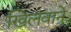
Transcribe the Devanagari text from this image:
खिलवाने